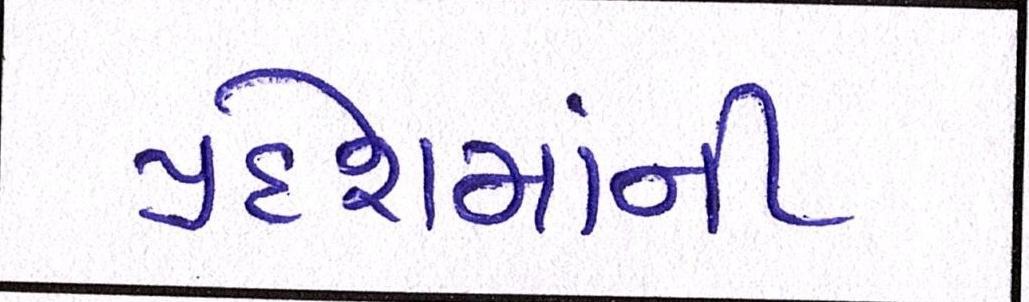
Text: પ્રદેશમાંની